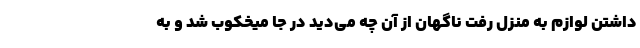
داشتن لوازم به منزل رفت ناگهان از آن چه می‌دید در جا میخکوب شد و به